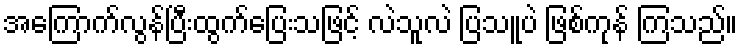
အကြောက်လွန်ပြီးထွက်ပြေးသဖြင့် လဲသူလဲ ပြသူပဲ ဖြစ်ကုန် ကြသည်။